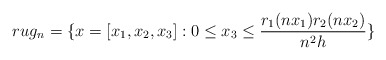
\begin{align*}rug_n= \{ x=[x_1,x_2,x_3]: 0 \leq x_3 \leq \frac{r_1 (n x_1) r_2 (n x_2)}{ n^2 h} \}\end{align*}